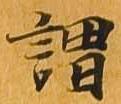
謂